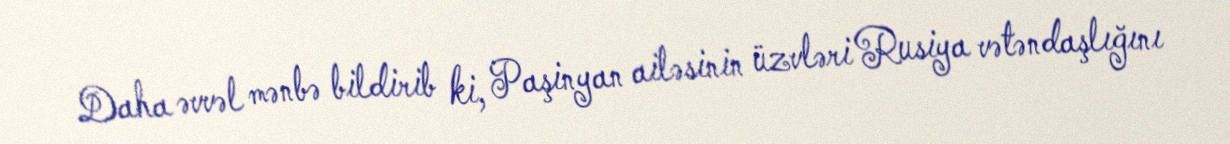
Daha əvvəl mənbə bildirib ki, Paşinyan ailəsinin üzvləri Rusiya vətəndaşlığını